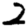
Digit: 2